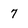
Character: 7